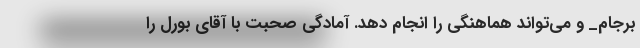
برجام_ و می‌تواند هماهنگی را انجام دهد. آمادگی صحبت با آقای بورل را